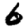
Digit: 6